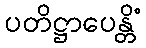
ပတိဋ္ဌာပေန္တိံ